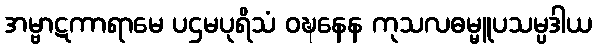
အမ္ဗာဋကာရာမေ ပဌမပုရိသံ ဝဍ္ဎနေန ကုသလဓမ္မူပသမ္ပဒါယ